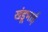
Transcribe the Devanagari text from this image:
खंडूभाई